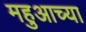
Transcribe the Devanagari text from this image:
महुआच्या